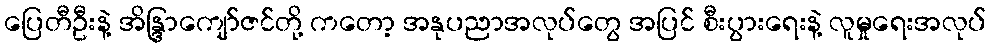
ပြေတီဦးနဲ့ အိန္ဒြာကျော်ဇင်တို့ ကတော့ အနုပညာအလုပ်တွေ အပြင် စီးပွားရေးနဲ့ လူမှုရေးအလုပ်